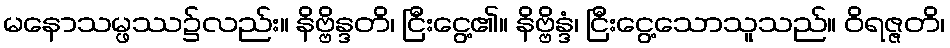
မနောသမ္ဖဿ၌လည်း။ နိဗ္ဗိန္ဒတိ၊ ငြီးငွေ့၏။ နိဗ္ဗိန္ဒံ၊ ငြီးငွေ့သောသူသည်။ ဝိရဇ္ဇတိ၊